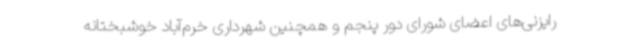
رایزنی‌های اعضای شورای دور پنجم و همچنین شهرداری خرم‌آباد خوشبختانه